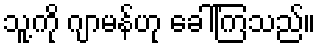
သူ့ကို ဂျာမန်ဟု ခေါ်ကြသည်။